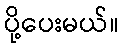
ပို့ပေးမယ်။